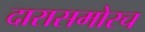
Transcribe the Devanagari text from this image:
दारासमोरच